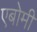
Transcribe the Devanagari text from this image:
एबोमी